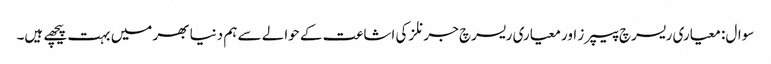
سوال: معیاری ریسرچ پیپرز اور معیاری ریسرچ جرنلز کی اشاعت کے حوالے سے ہم دنیا بھر میں بہت پیچھے ہیں۔